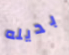
بديله